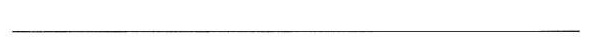
___